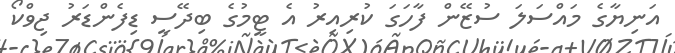
އަނިޔާގެ މައްސަލަ ސުޒޭން ފާހަގަ ކުރިއިރު އެ ޓީމުގެ ބިދޭސީ ޑިފެންޑަރު ޖިވްކޯ